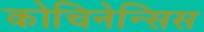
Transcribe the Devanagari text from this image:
कोचिनेन्सिस